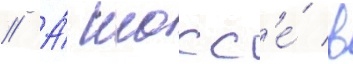
// А́ шосс'е́ в